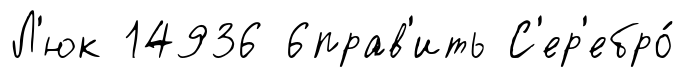
Л'юк 14936 6прав'ить С'ер'ебро́